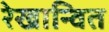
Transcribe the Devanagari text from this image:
रेखान्वित